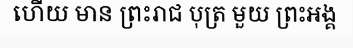
ហើយ មាន ព្រះរាជ បុត្រ មួយ ព្រះអង្គ